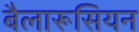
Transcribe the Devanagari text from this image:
बैलारूसियन